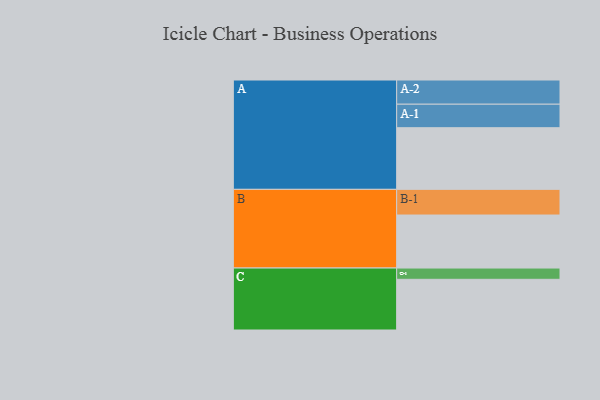
{"axis": {"x": "Segment", "y": "Value"}, "legend": ["", "A", "B", "C"], "data": [{"x": "A", "y": 372, "type": ""}, {"x": "B", "y": 320, "type": ""}, {"x": "C", "y": 306, "type": ""}, {"x": "A-1", "y": 142, "type": "A"}, {"x": "A-2", "y": 146, "type": "A"}, {"x": "B-1", "y": 155, "type": "B"}, {"x": "C-1", "y": 68, "type": "C"}]}